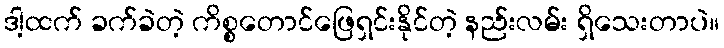
ဒါ့ထက် ခက်ခဲတဲ့ ကိစ္စတောင်ဖြေရှင်းနိုင်တဲ့ နည်းလမ်း ရှိသေးတာပဲ။